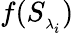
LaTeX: f({{S}_{_{{\lambda}_{i}}}})